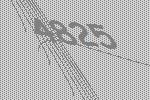
4825